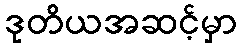
ဒုတိယအဆင့်မှာ